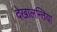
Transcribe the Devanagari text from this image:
देखालन्तिया